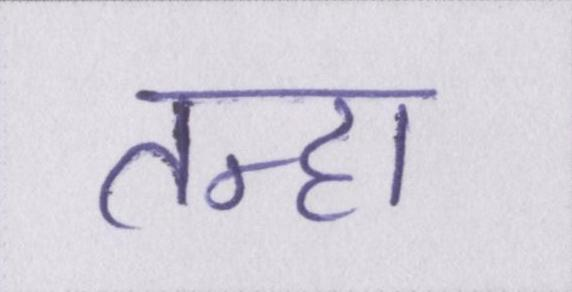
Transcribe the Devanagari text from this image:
तन्हा